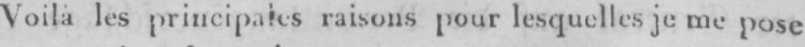
Voila lesprincipales raisons pour lesquelles je me pose